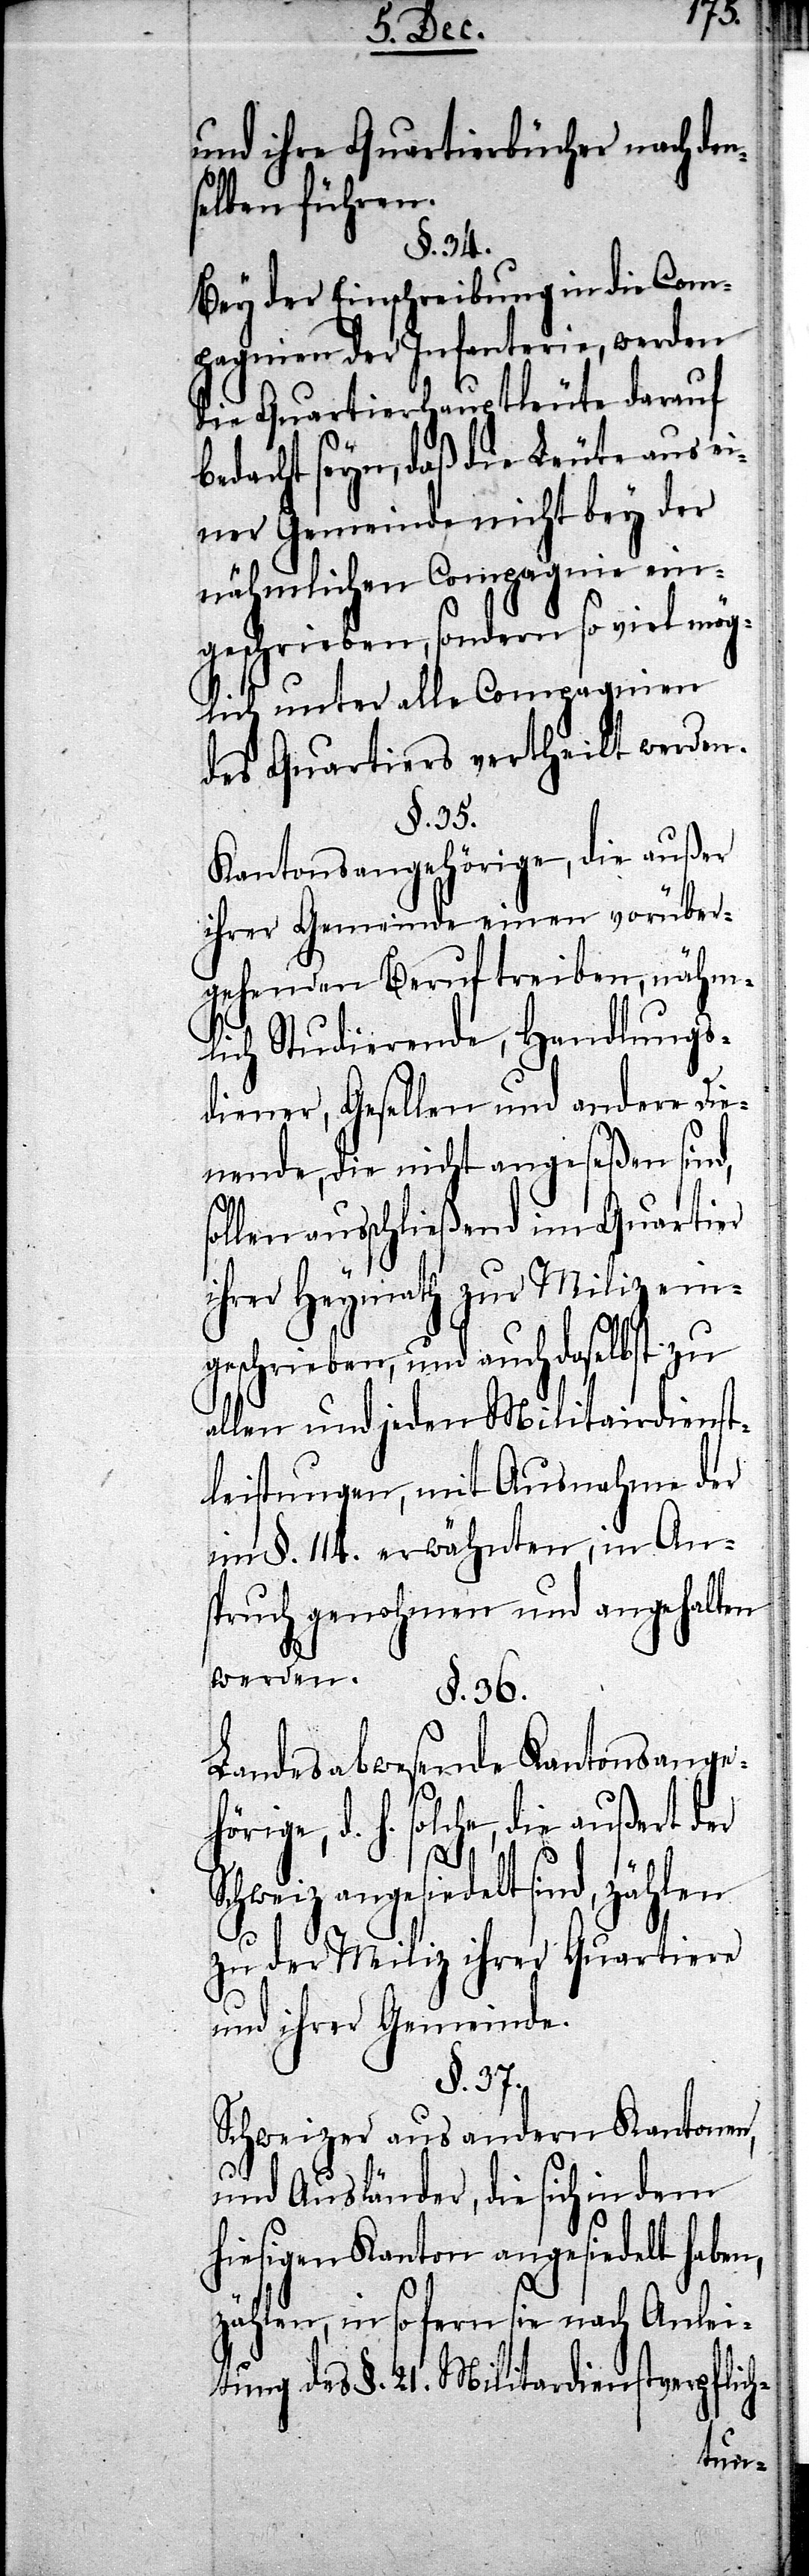
und ihre Quartierbücher nach den¬
selben führen.
§. 34.
Bey der Einschreibung in die Com¬
pagnien der Infanterie, werden
die Quartierhauptleute darauf
bedacht seyn, daß die Leute aus ei¬
ner Gemeinde nicht bey der
nähmlichen Compagnie ein¬
geschrieben, sondern so viel mög¬
lich unter alle Compagnien
des Quartiers vertheilt werden.
§. 36.
Kantonsangehörige, die außer
ihrer Gemeinde einen vorüber¬
gehenden Beruf treiben, nähm¬
lich Studierende, Handlungs¬
diener, Gesellen und andere Die¬
nende, die nicht angeseßen sind,
sollen anschließend im Quartier
ihrer Heymath zur Miliz ein¬
geschrieben, und auch daselbst
allen und jeden Militairdienst¬
leistungen, mit Ausnahme der
im §. 114. erwähnten, in An¬
spruch genohmen und angehalten
Landesabwesende Kantonsange¬
ge, d. h. solche, die außert der
Schweiz angesiedelt sind, zählen
zu der Miliz ihrer Quartiere
und ihrer Gemeinde.
§. 37.
Schweizer aus andern Kantonen,
und Ausländer, die sich in dem
hiesigen Kanton angesiedelt haben,
zählen, in so fern sie nach Anlei¬
tung des §. 21. Militardienstverpflich-
höri¬